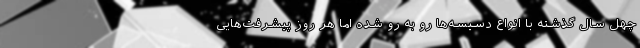
چهل سال گذشته با انواع دسیسه‌ها رو به رو شده اما هر روز پیشرفت‌هایی